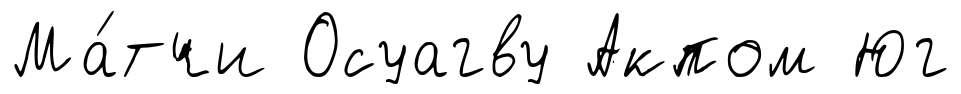
Ма́тчи Осуагву Акпом Юг